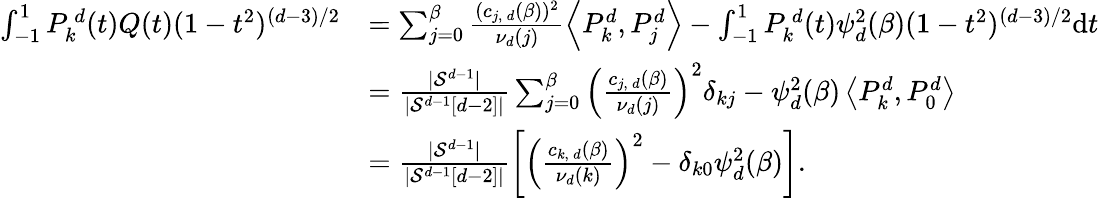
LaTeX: \begin{array}{rl}{\int_{-1}^{1}P_{k}^{\, d}(t)Q(t)(1-t^{2})^{(d-3)/2}}&{=\sum_{j=0}^{\beta}\frac{(c_{j,\, d}(\beta))^{2}}{\nu_{d}(j)}\left\langle P_{k}^{d},P_{j}^{d}\right\rangle-\int_{-1}^{1}P_{k}^{\, d}(t)\psi_{d}^{2}(\beta)(1-t^{2})^{(d-3)/2}\mathrm{d}t}\\ &{=\frac{|\mathcal{S}^{d-1}|}{|\mathcal{S}^{d-1}[d-2]|}\sum_{j=0}^{\beta}\left(\frac{c_{j,\, d}(\beta)}{\nu_{d}(j)}\right)^{2}\delta_{kj}-\psi_{d}^{2}(\beta)\left\langle P_{k}^{d},P_{0}^{d}\right\rangle}\\ &{=\frac{|\mathcal{S}^{d-1}|}{|\mathcal{S}^{d-1}[d-2]|}\left[\left(\frac{c_{k,\, d}(\beta)}{\nu_{d}(k)}\right)^{2}-\delta_{k0}\psi_{d}^{2}(\beta)\right].}\end{array}